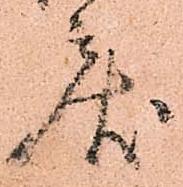
戻